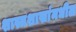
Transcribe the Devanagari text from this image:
शास्त्रशाखांमधील